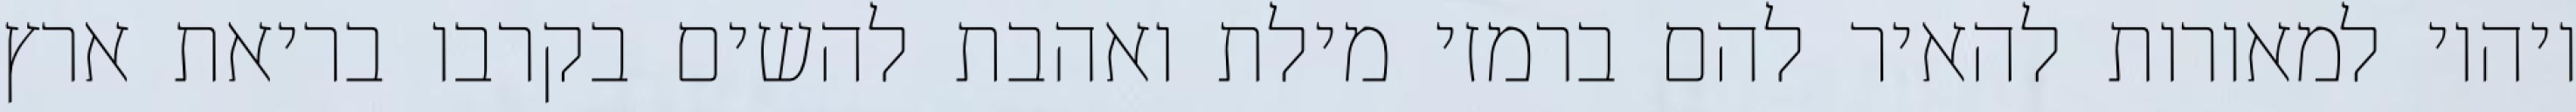
ויהיו למאורות להאיר להם ברמזי מילת ואהבת להשים בקרבו בריאת ארץ